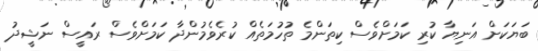
ބަޔަކަށް އަނިޔާ ކުރި ކަމަށްވެސް ކިތަންމެ ތުހުމަތެއް ކުރެވެމުންދާ ކަމަށްވެސް ރައީސް ނަޝީދު